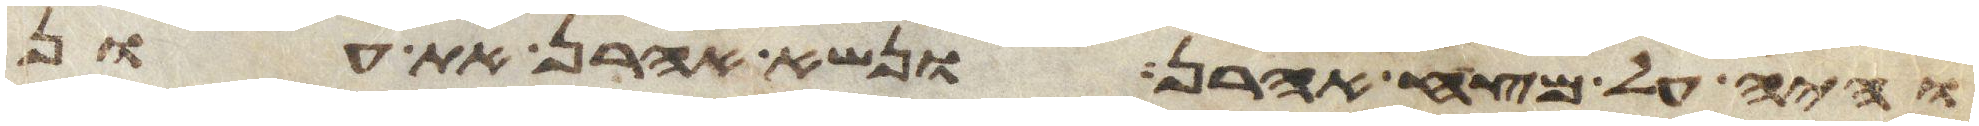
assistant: והיה על מצח אהרן ונשא אהרן את עון